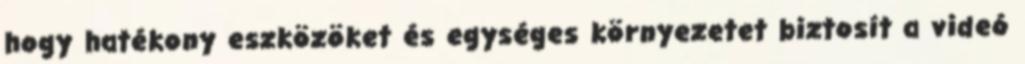
hogy hatékony eszközöket és egységes környezetet biztosít a videó